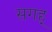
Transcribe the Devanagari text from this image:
सगह्